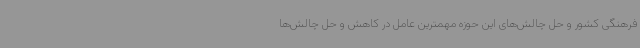
فرهنگی کشور و حل چالش‌های این حوزه مهمترین عامل در کاهش و حل چالش‌ها